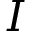
I